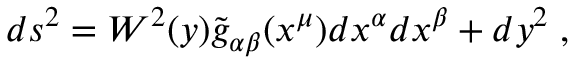
d s ^ { 2 } = W ^ { 2 } ( y ) \widetilde { g } _ { \alpha \beta } ( x ^ { \mu } ) d x ^ { \alpha } d x ^ { \beta } + d y ^ { 2 } \; ,